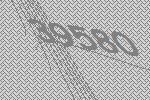
39580